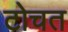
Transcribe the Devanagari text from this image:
टोचत